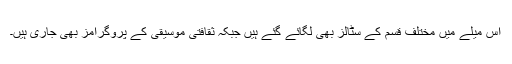
اس میلے میں مختلف قسم کے سٹالز بھی لگائے گئے ہیں جبکہ ثقافتی موسیقی کے پروگرامز بھی جاری ہیں۔